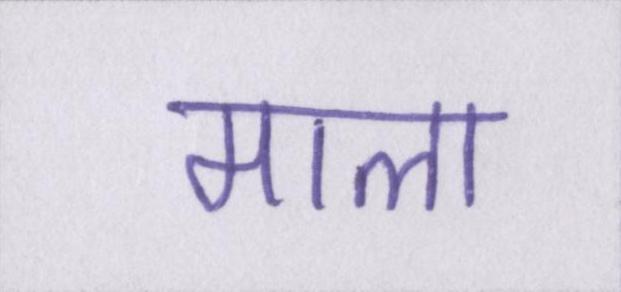
माला